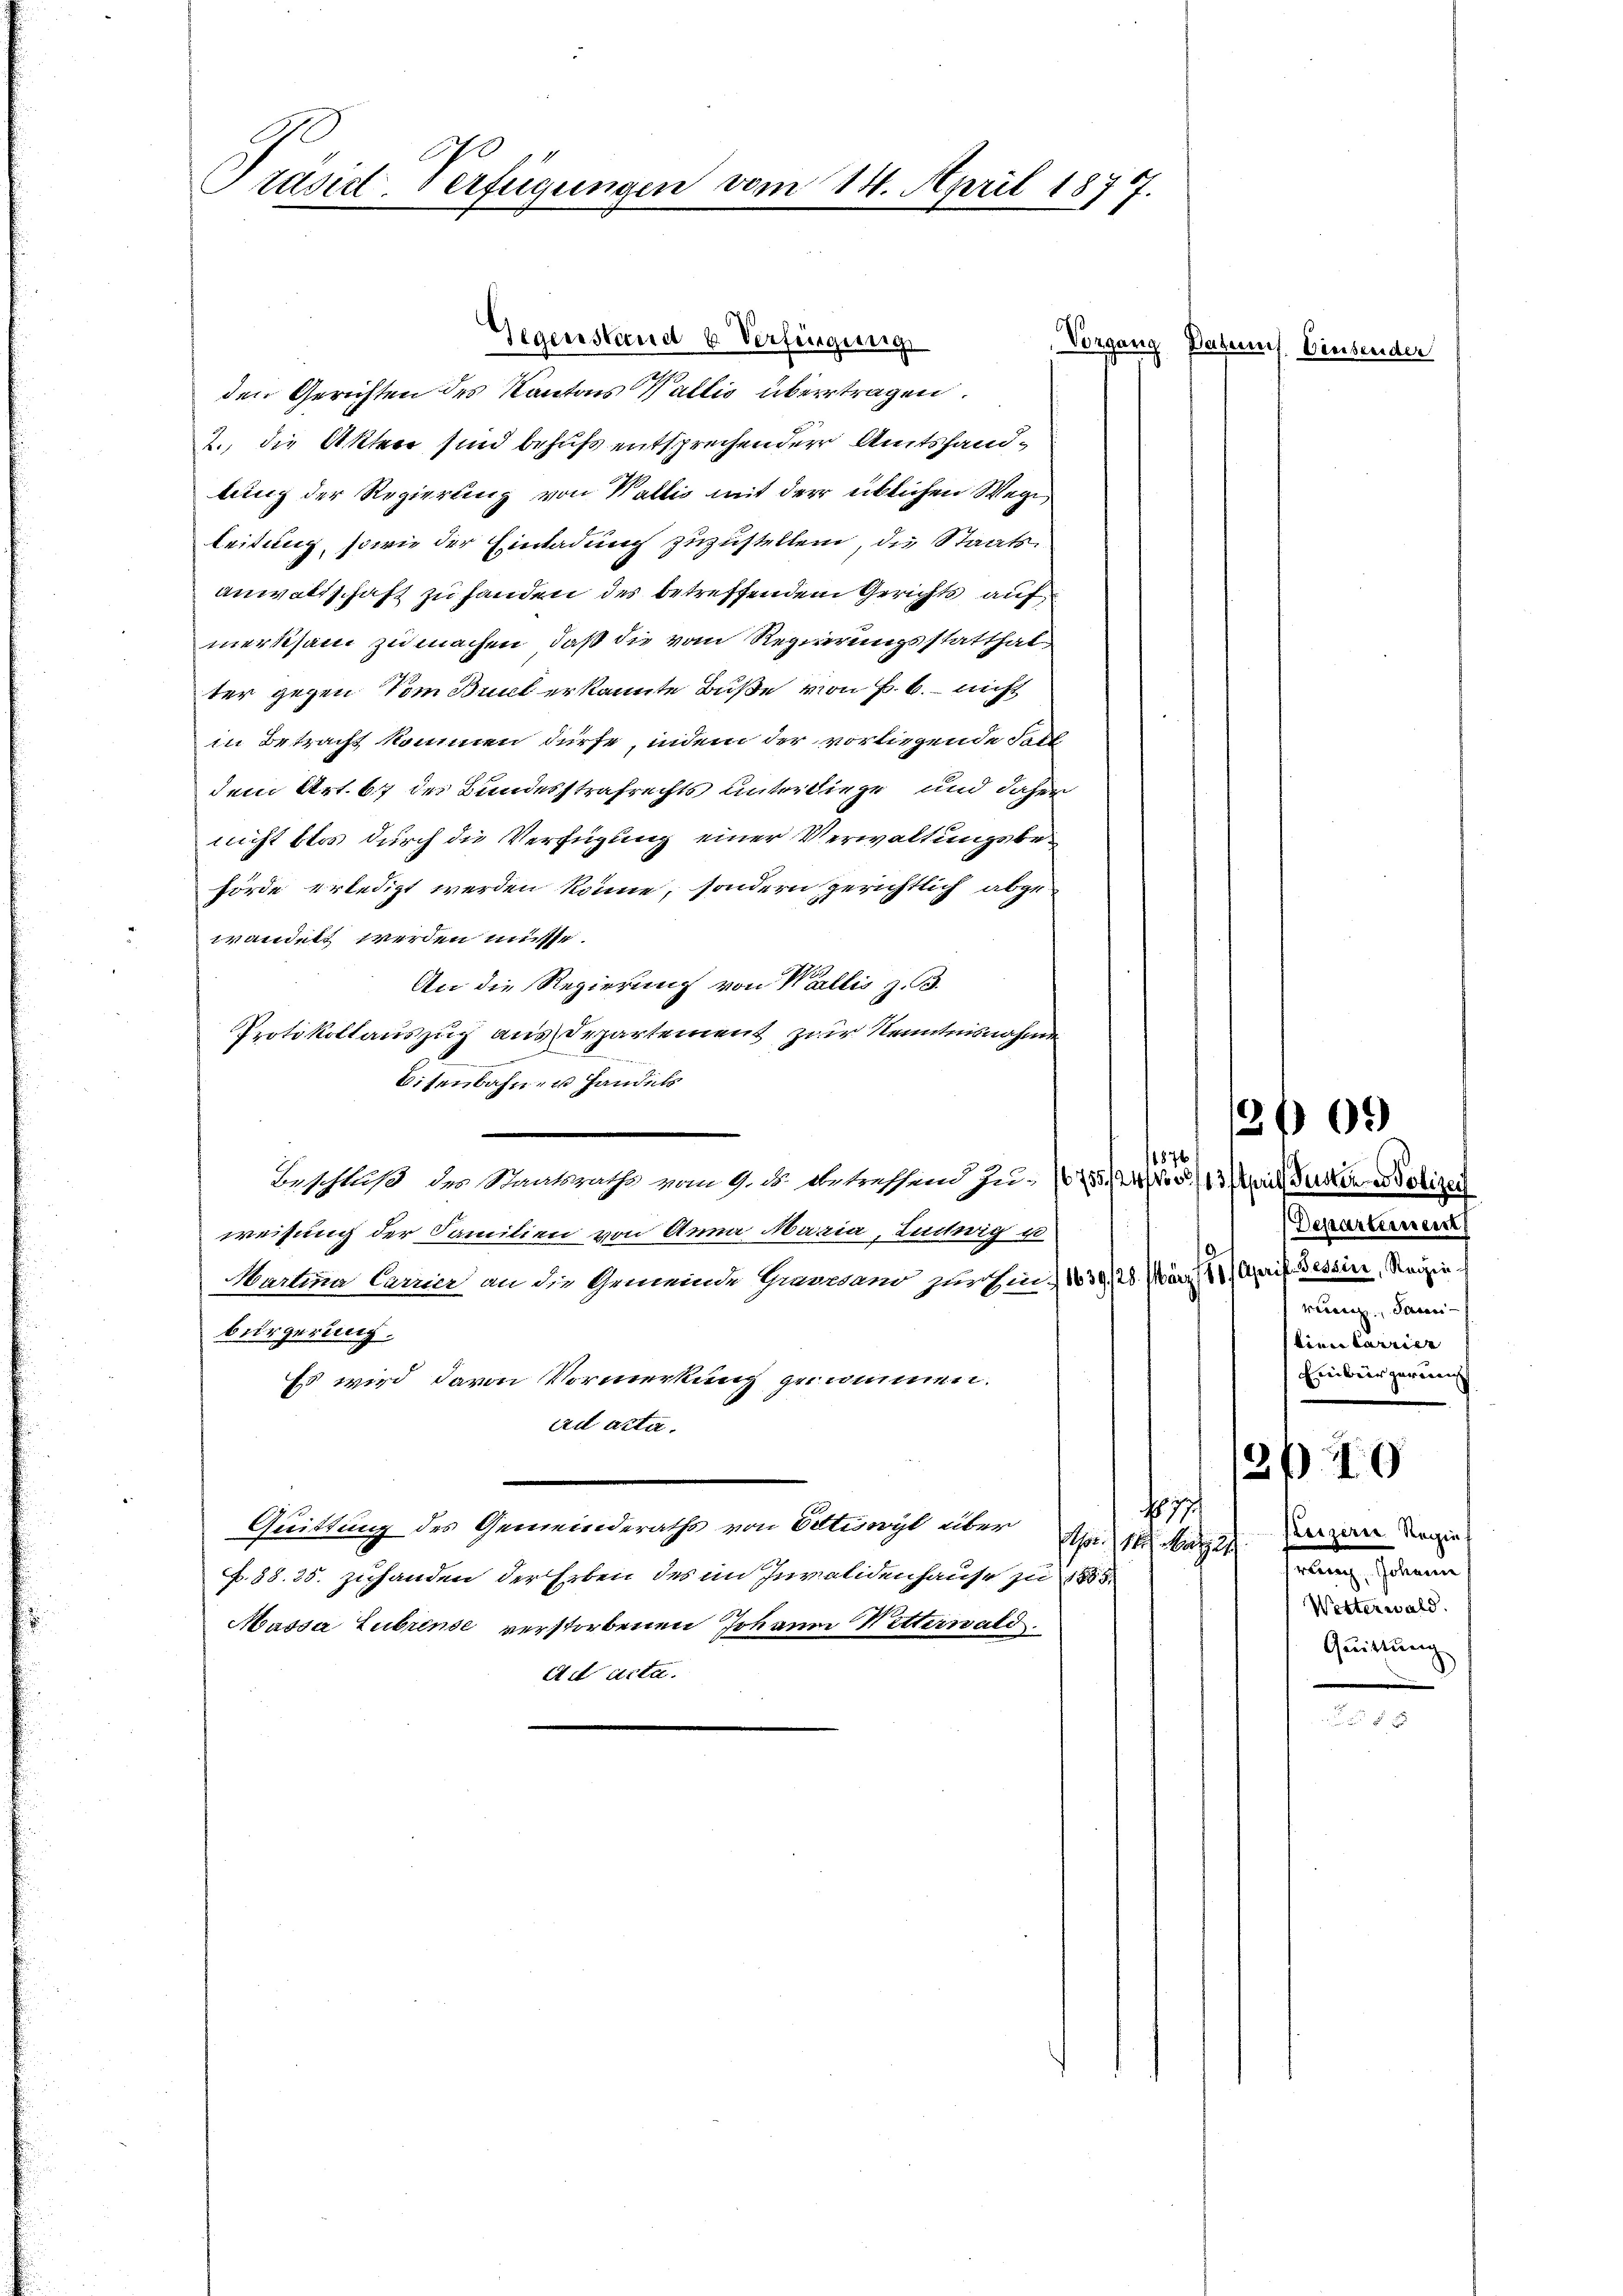
Prasict-Verfügungen vom 14. April 1877.

den Gerichten des Kantons Wallis übertragen.
2., die Akten sind behufs entsprechender Amtshandlung der Regierung von Wallis mit der üblichen Wege
leidung, sowie der Einladung zuzustellen, die Staatsanwaltschaft zu handen des betreffendem Gerichts auf
merksam zu machen, daß die vom Regierungsstatthalter gegen Vom Bruck erkannte Buße von B. b. nicht
in Betracht kommen dürfe, indem der vorliegende Feildem Art. 67 des Bundesstrafrechts unterdiese und daher
nicht blos durch die Verfügung einer Verwaltungsbehörde erledigt werden könne, sondern gerichtlich abzuwandelt werden müsse.
An die Regierung von Wallis z. B.
Protokollauszug aus Departement zur Kenntnisnahme
e
Eisenbahn- u Handels
¬
1876
Beschluß des Staatsraths vom 9. ds. betreffend zu 16755/24/05/13/iit Gustiner Polizeil
weisung der Familien von Anna Maria, Ludwig u
Marlina Carrier an die Gemeinde Grursano zur Ein.) 1839/28. März 1. April Bessin, Reizin
bürgerung.
Es wird davon Vormerkung genommen.
ad acta.
Nr 77
Quittung des Gemeinderaths von Oetwyl über es waren zu Tage
p. 88. 35. zuhanden der Erben des im Invalidenhause zu 1883.
Massa Zubrinde verstorbenen Johann Ritterwald
Ad Acta.

Gegenstand u. Verfingung

Vorgang Dabei Einsender

Departement
vennen, Paren
lien Carrie
Einbürgerung

2609

2/40

srang, solieren
Wetterwald.
Quittung